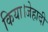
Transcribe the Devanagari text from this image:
किया।जेहादी